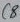
Text: C8